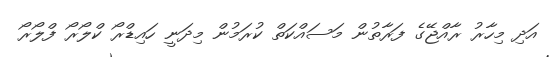
އަދި މިހާރު ރާއްޖޭގެ ފަރާތުން މަސައްކަތް ކުރަމުން މިދަނީ ހައިޑްރޯ ކްލޯރޯ ފްލޯރޯ